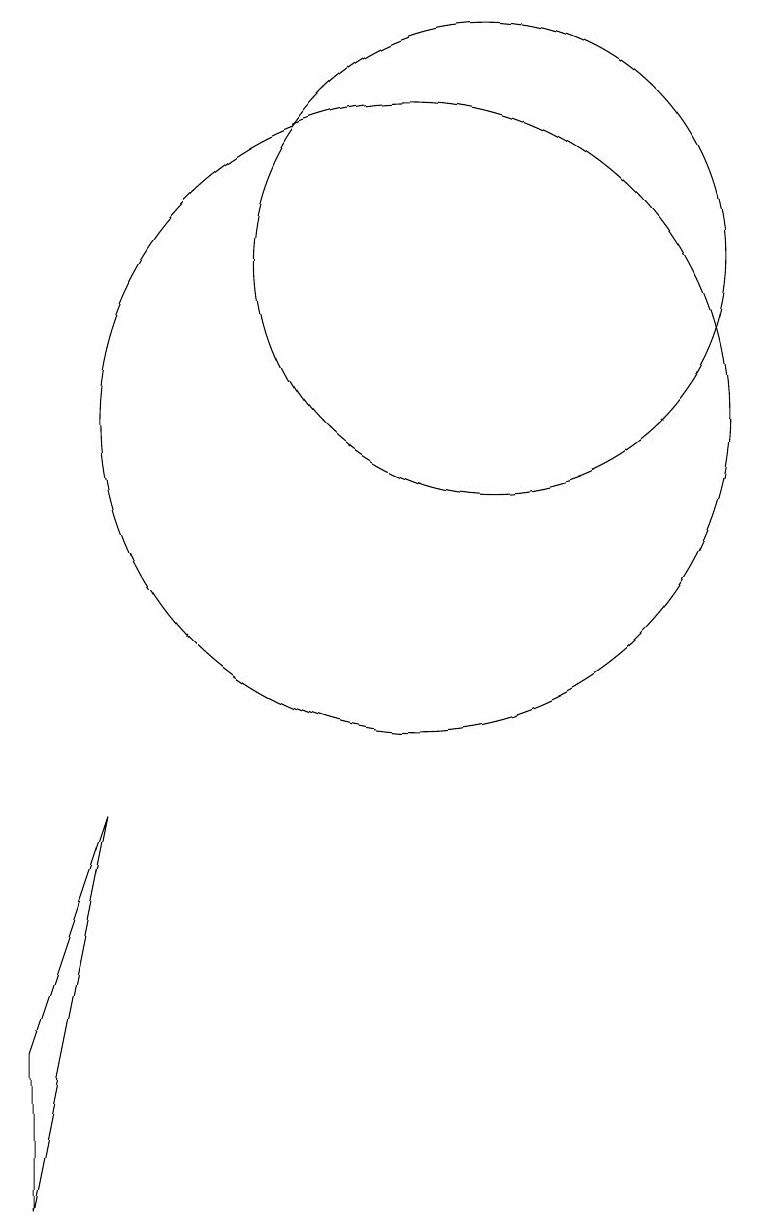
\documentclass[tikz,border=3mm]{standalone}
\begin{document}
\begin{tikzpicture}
\draw (6,0) -- (7,5) -- (6,2) -- cycle;
\draw (11,11) circle (0);
\draw (11,10) circle (4);
\draw (12,12) circle (3);
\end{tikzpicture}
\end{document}